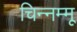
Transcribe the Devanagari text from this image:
चिन्‍नम्‍मू